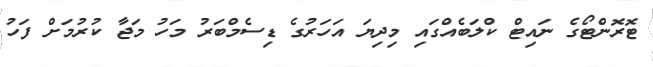
ޓޮރޮންޓޯގެ ނައިޓް ކްލަބެއްގައި މިދިޔަ އަހަރުގެ ޑިސެމްބަރު މަހު މަޖާ ކުރުމަށް ފަހު